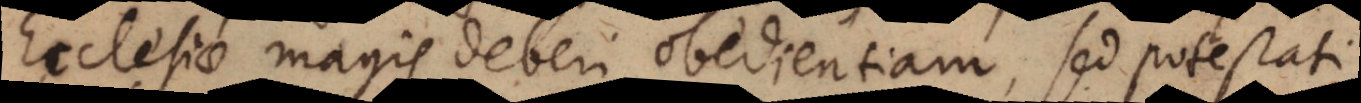
Ecclesiae magis deberi obedientiam, sed potestati